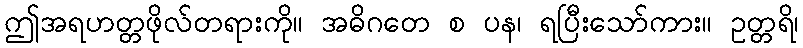
ဤအရဟတ္တဖိုလ်တရားကို။ အဓိဂတေ စ ပန၊ ရပြီးသော်ကား။ ဥတ္တရိ၊